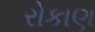
રોકાણ